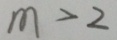
m > 2